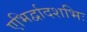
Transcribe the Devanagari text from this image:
एभिर्द्वादशभिः